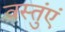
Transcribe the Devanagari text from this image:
वस्तुंएं